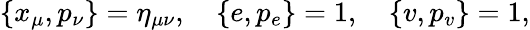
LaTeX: \{ x_{\mu},p_{\nu}\} =\eta_{\mu\nu},\quad\{ e,p_{e}\} =1,\quad\{ v,p_{v}\} =1,